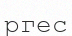
ргес